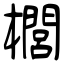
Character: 櫚